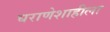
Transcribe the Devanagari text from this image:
घराणेशाहीला